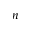
n